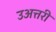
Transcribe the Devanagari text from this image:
उअत्तरी